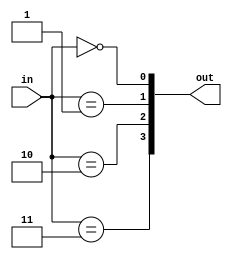
module decoder_2_4(
    input  [ 1:0] in,
    output [ 3:0] out
);

genvar i;
generate for (i=0; i<4; i=i+1) begin : gen_for_dec_2_4
    assign out[i] = (in == i);
end endgenerate

endmodule


module decoder_4_16(
    input  [ 3:0] in,
    output [15:0] out
);

genvar i;
generate for (i=0; i<16; i=i+1) begin : gen_for_dec_4_16
    assign out[i] = (in == i);
end endgenerate

endmodule


module decoder_5_32(
    input  [ 4:0] in,
    output [31:0] out
);

genvar i;
generate for (i=0; i<32; i=i+1) begin : gen_for_dec_5_32
    assign out[i] = (in == i);
end endgenerate

endmodule


module decoder_6_64(
    input  [ 5:0] in,
    output [63:0] out
);

genvar i;
generate for (i=0; i<64; i=i+1) begin : gen_for_dec_6_64
    assign out[i] = (in == i);
end endgenerate

endmodule